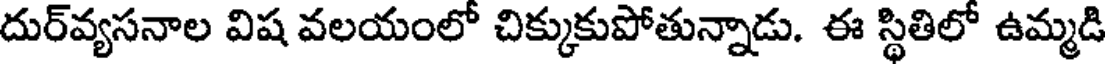
దుర్వ్యసనాల విష వలయంలో చిక్కుకుపోతున్నాడు. ఈ స్థితిలో ఉమ్మడి